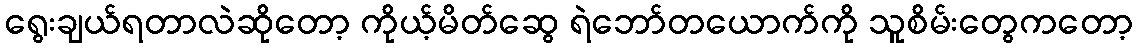
ရွေးချယ်ရတာလဲဆိုတော့ ကိုယ့်မိတ်ဆွေ ရဲဘော်တယောက်ကို သူစိမ်းတွေကတော့